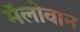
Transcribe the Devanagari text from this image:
मॅलोवान